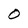
Character: 0